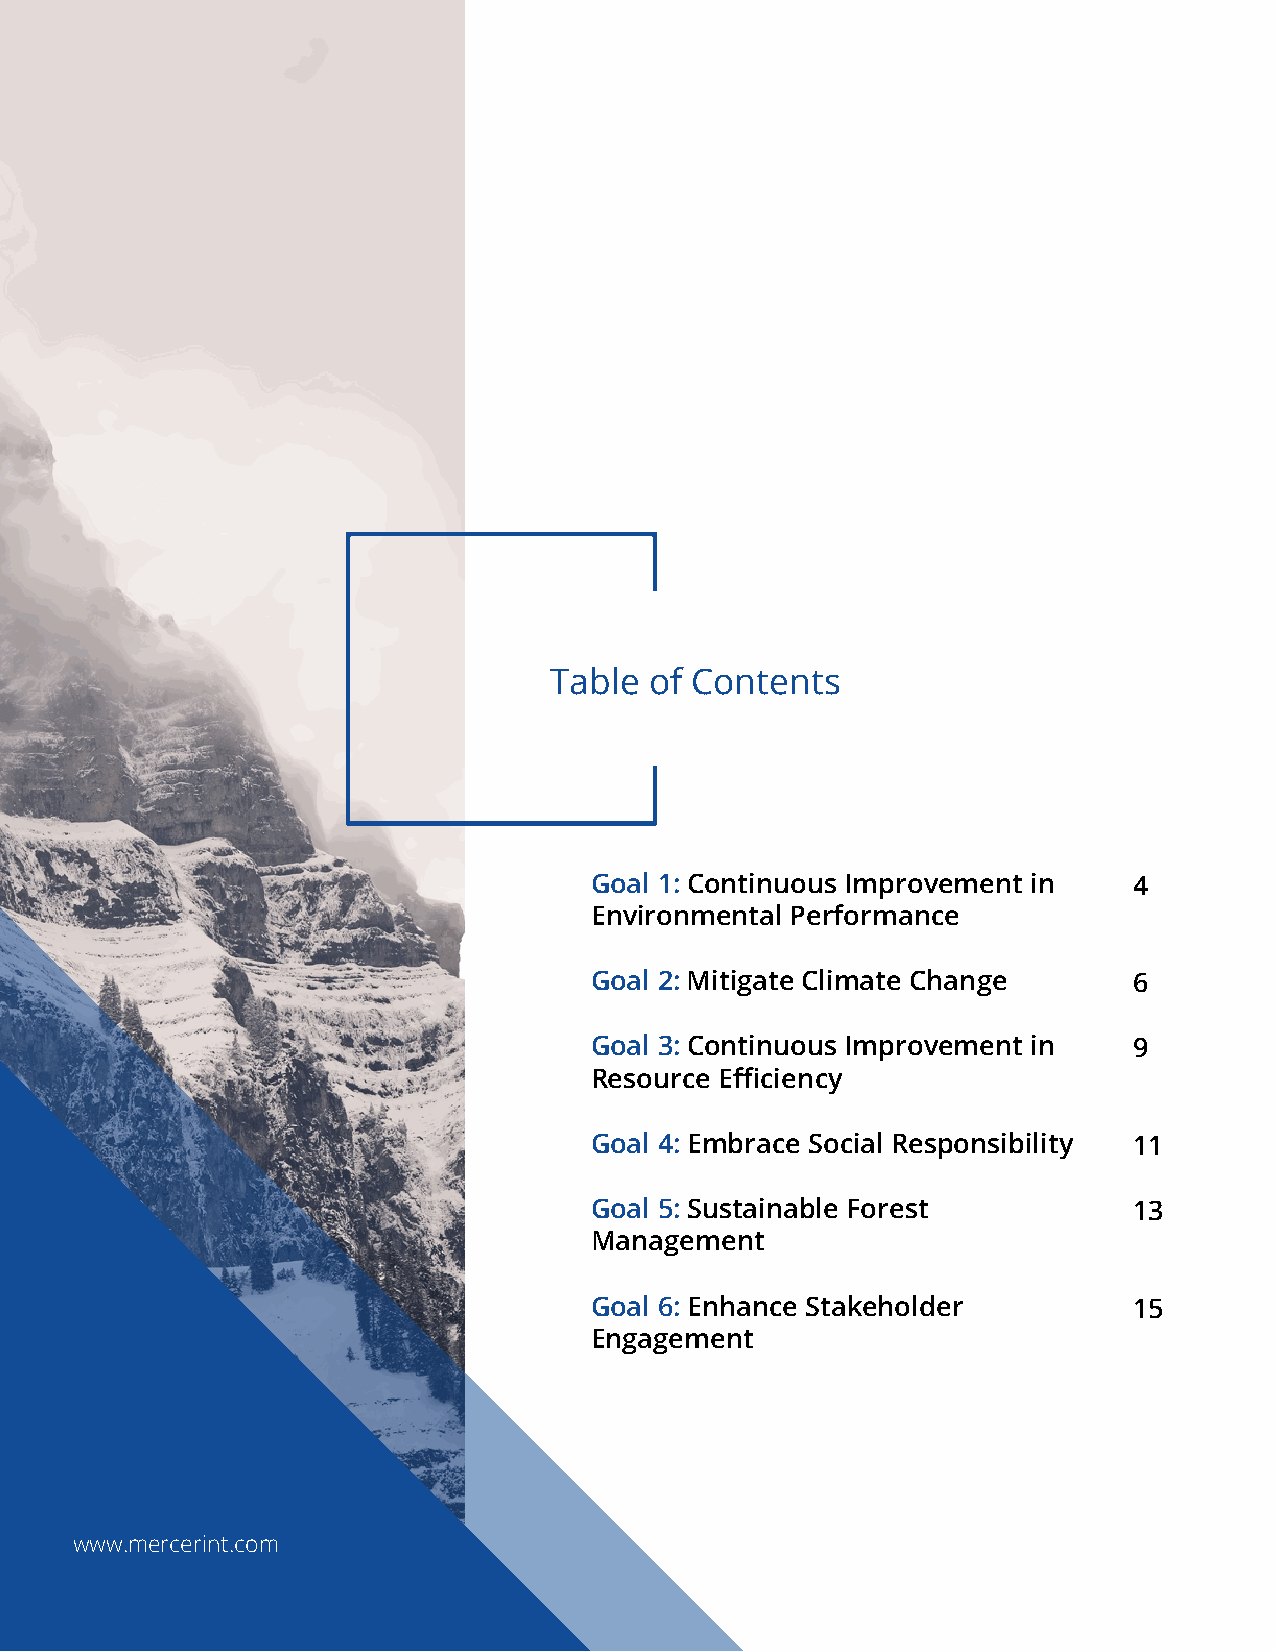
Table  of Contents
 Goal 1: Continuous Improvement in   4
 Environmental Performance
 Goal 2: Mitigate Climate Change     6
 Goal 3: Continuous Improvement in   9
 Resource Efficiency
 Goal 4: Embrace Social Responsibility 11
 Goal 5: Sustainable Forest          13
 Management
 Goal 6: Enhance Stakeholder         15
 Engagement
 www.mercerint.com